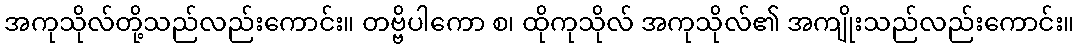
အကုသိုလ်တို့သည်လည်းကောင်း။ တဗ္ဗိပါကော စ၊ ထိုကုသိုလ် အကုသိုလ်၏ အကျိုးသည်လည်းကောင်း။